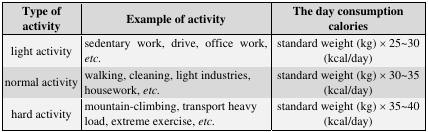
<table><thead><tr><td><b>Type of activity</b></td><td><b>Example of activity</b></td><td><b>The day consumption calories</b></td></tr></thead><tbody><tr><td>light activity</td><td>sedentary work, drive, office work, <i>etc.</i></td><td>standard weight (kg) × 25∼30 (kcal/day)</td></tr><tr><td>normal activity</td><td>walking, cleaning, light industries, housework, <i>etc.</i></td><td>standard weight (kg) × 30∼35 (kcal/day)</td></tr><tr><td>hard activity</td><td>mountain-climbing, transport heavy load, extreme exercise, <i>etc.</i></td><td>standard weight (kg) × 35∼40 (kcal/day)</td></tr></tbody></table>